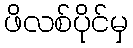
ဖိလစ်ပိုင်မှ